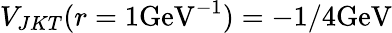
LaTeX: V_{JKT}(r=1\mathrm{GeV}^{-1})=-1/4\mathrm{GeV}